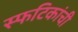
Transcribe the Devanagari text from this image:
स्फटिकांची